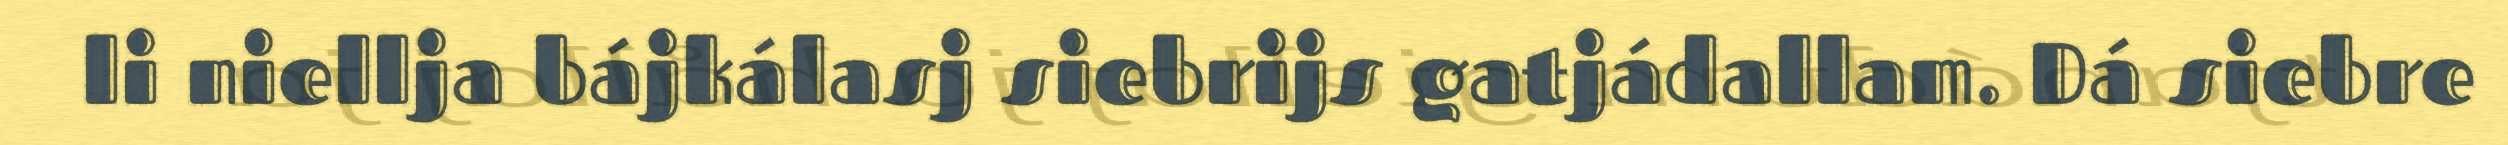
li niellja bájkálasj siebrijs gatjádallam. Dá siebre